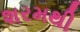
શરમથી